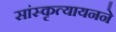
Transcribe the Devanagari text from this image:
सांस्कृत्यायनने